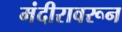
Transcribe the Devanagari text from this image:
मंदीरावरून